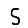
Digit: 5